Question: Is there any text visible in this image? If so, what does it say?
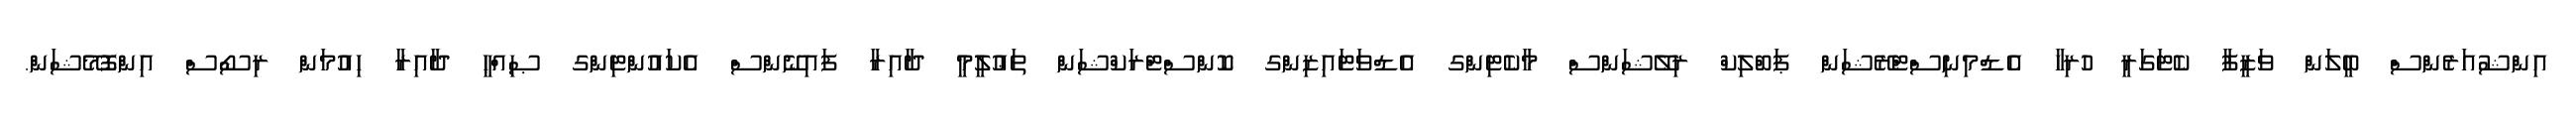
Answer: އިންޝުއަރެންސް ބީލަން ވަޒީފާ ކެޓަގަރީ ހުރިހާ އެޑްމިނިސްޓްރޭޝަން ޕަބްލިކް ރިލޭޝަންސް މާކެޓިންގ އެޑްވަޓައިޒިންގ ކޮންސްޓްރަކްޝަން ތަޢުލީމީ ދާއިރާ ފައިނޭންސް އެކައުންޓިންގ ޞިއްޙީ ދާއިރާ ހިއުމަން ރިސޯސް އިންފޮމޭޝަން.